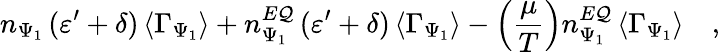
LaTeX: n_{\Psi_{1}}\, (\varepsilon^{\prime}+\delta)\, \langle\Gamma_{\Psi_{1}}\rangle+n_{\Psi_{1}}^{E\mathcal{Q}}\, (\varepsilon^{\prime}+\delta)\, \langle\Gamma_{\Psi_{1}}\rangle-\left(\frac{{\mu}}{{T}}\right)n_{\Psi_{1}}^{E\mathcal{Q}}\, \langle\Gamma_{\Psi_{1}}\rangle\quad,